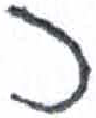
אות: כ